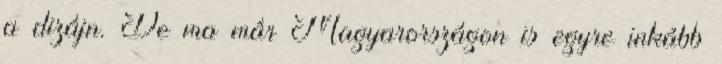
a dizájn. De ma már Magyarországon is egyre inkább